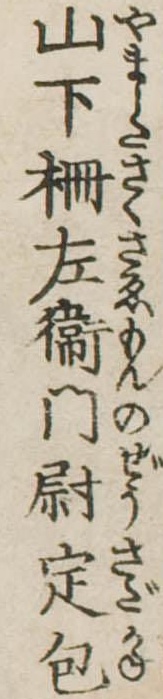
山下柵左衛門尉定包